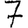
Digit: 7